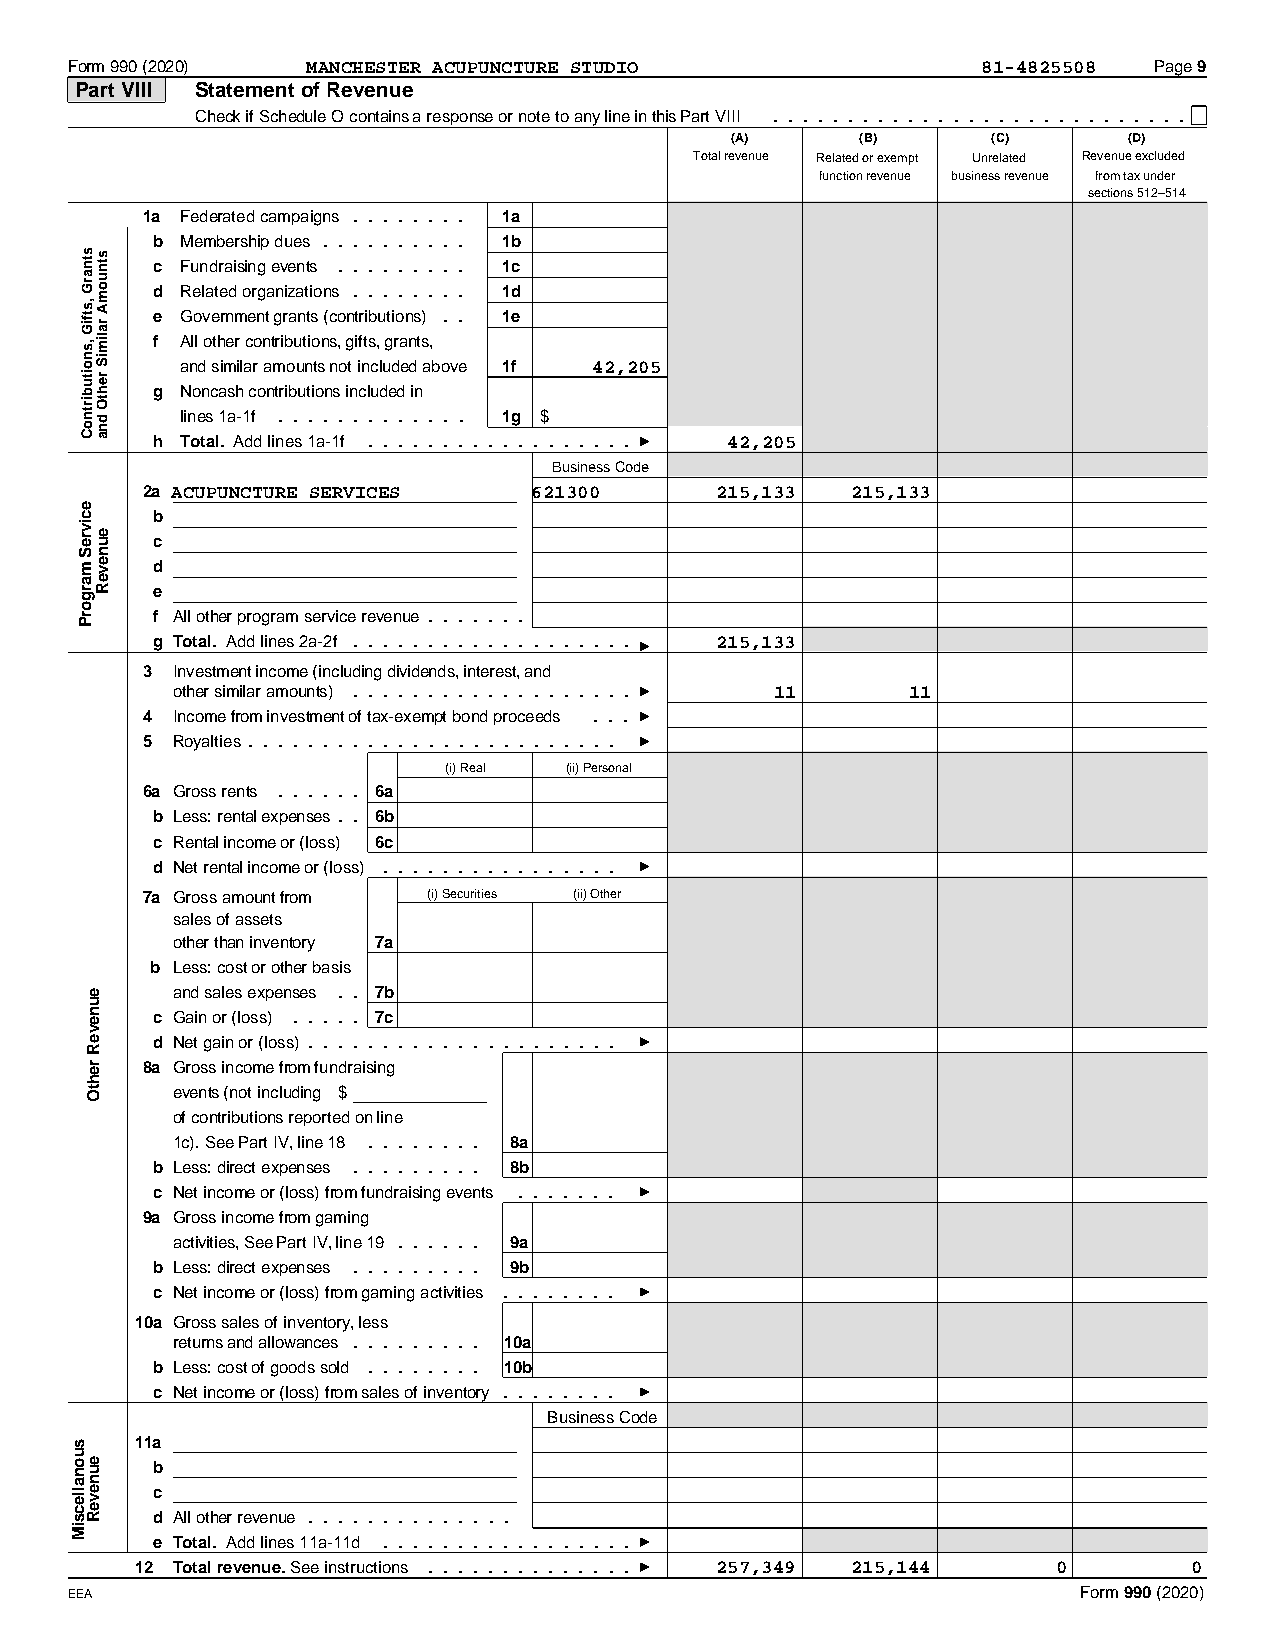
Form 990 (2020) MANCHESTER ACUPUNCTURE STUDIO                81-4825508 Page 9
 Part VIII Statement of Revenue
 Check if Schedule O contains a response or note to any line in this Part VIII ............................
 (A)      (B)      (C)      (D)
 Total revenue Related or exempt Unrelated Revenue excluded
 function revenue business revenue from tax under
 sections 512–514
 1a Federated campaigns ........ 1a
 b Membership dues .......... 1b
 c Fundraising events ......... 1c
 d Related organizations ........ 1d
 e Government grants (contributions).. 1e
 f All other contributions, gifts, grants,
 and similar amounts not included above 1f 42,205
 g Noncash contributions included in
 lines 1a-1f ............. 1g $
 h Total. Add lines 1a-1f .................. 42,205
 Business Code
 2a ACUPUNCTURE SERVICES   621300      215,133  215,133
 b
 c
 d
 e
 f All other program service revenue.......
 g Total. Add lines 2a-2f ................... 215,133
 3 Investment income (including dividends, interest, and
 other similar amounts) ................... 11    11
 4 Income from investment of tax-exempt bond proceeds ...
 5 Royalties.........................
 (i) Real (ii) Personal
 6a Gross rents ...... 6a
 b Less: rental expenses.. 6b
 c Rental income or (loss) 6c
 d Net rental income or (loss) ................
 7a Gross amount from (i) Securities (ii) Other
 sales of assets
 other than inventory 7a
 b Less: cost or other basis
 and sales expenses .. 7b
 c Gain or (loss) ..... 7c
 d Net gain or (loss).....................
 8a Gross income from fundraising
 events (not including $
 of contributions reported on line
 1c). See Part IV, line 18 ........ 8a
 b Less: direct expenses ......... 8b
 c Net income or (loss) from fundraising events .......
 9a Gross income from gaming
 activities, See Part IV, line 19...... 9a
 b Less: direct expenses ......... 9b
 c Net income or (loss) from gaming activities ........
 10a Gross sales of inventory, less
 returns and allowances......... 10a
 b Less: cost of goods sold ........ 10b
 c Net income or (loss) from sales of inventory........
 Business Code
 11a
 b
 c
 d All other revenue..............
 e Total. Add lines 11a-11d .................
 12 Total revenue. See instructions .............. 257,349 215,144 0   0
 EEA                                                                 Form 990 (2020)
 suonallecsiM
 stnarG
 ,stfiG
 ,snoitubirtnoC
 ecivreS
 margorP
 euneveR
 rehtO
 euneveR
 stnuomA
 ralimiS
 rehtO
 dna
 euneveR